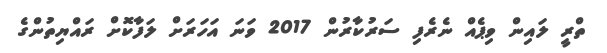
ތްރީ ލައިން ވިޕެއް ނެރެފި ސަރުކާރުން 2017 ވަނަ އަހަރަށް ލަފާކޮށް ރައްޔިތުންގެ